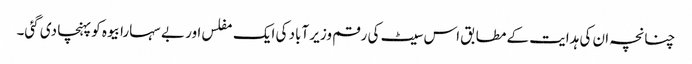
چنانچہ ان کی ہدایت کے مطابق اس سیٹ کی رقم وزیر آباد کی ایک مفلس اور بے سہارا بیوہ کو پہنچا دی گئی۔